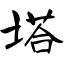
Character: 塔